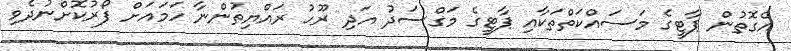
އެގޮތުން ޕާޓީގެ މަސައްކަތްތަކާއި ޕާޓީގެ މަގްސަދު އަދި ރޫހު ރައްޔިތުންނާ ހަމައަށް ފޯރުކޮށްނުދެވި